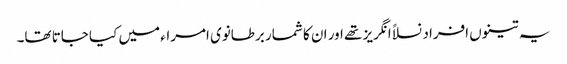
یہ تینوں افراد نسلاً انگریز تھے اور ان کا شمار برطانوی امراء میں کیا جاتا تھا۔